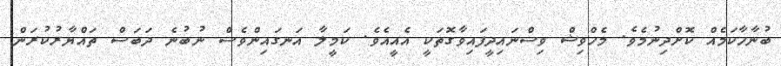
ބުނާހާކަމެއް ކޮށްދިނުމެވެ. މެހްވިޝް ވިސްނައިދީފައިވާގޮތަކީ އެއީއެވެ. ކަމީލާ އަނގައިންވެސް ނުބުނެ ދަބަސް ތައްޔާރުކުރަން